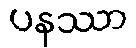
ပနဿာ